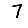
Digit: 7